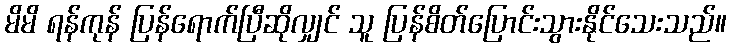
မိမိ ရန်ကုန် ပြန်ရောက်ပြီဆိုလျှင် သူ ပြန်စိတ်ပြောင်းသွားနိုင်သေးသည်။